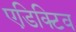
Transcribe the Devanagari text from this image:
एडिक्टिव